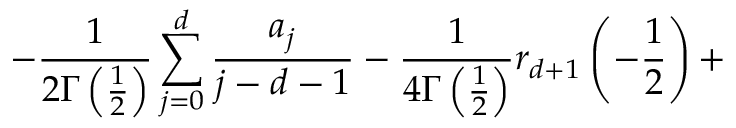
- \frac 1 { 2 \Gamma \left( \frac 1 2 \right) } \sum _ { j = 0 } ^ { d } \frac { a _ { j } } { j - d - 1 } - \frac 1 { 4 \Gamma \left( \frac 1 2 \right) } r _ { d + 1 } \left( - \frac 1 2 \right) +